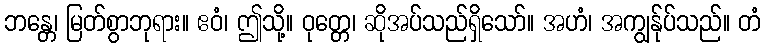
ဘန္တေ၊ မြတ်စွာဘုရား။ ဧဝံ၊ ဤသို့။ ဝုတ္တေ၊ ဆိုအပ်သည်ရှိသော်။ အဟံ၊ အကျွန်ုပ်သည်။ တံ